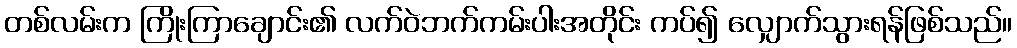
တစ်လမ်းက ကြိုးကြာချောင်း၏ လက်ဝဲဘက်ကမ်းပါးအတိုင်း ကပ်၍ လျှောက်သွားရန်ဖြစ်သည်။